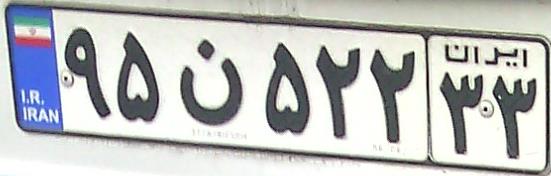
۹۵ن۵۲۲۳۳